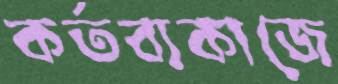
কর্তব্যকাজে